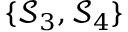
\{ \mathcal { S } _ { 3 } , \mathcal { S } _ { 4 } \}